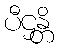
ပီဌန္တိ